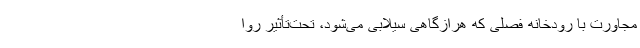
مجاورت با رودخانه فصلی که هر‌از‌گاهی سیلابی می‌شود، تحت‌تأثیر روا